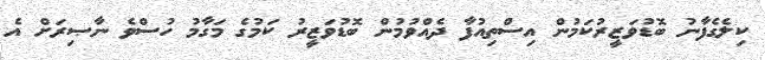
ކިލެގެފާނު ބޮޑުވަޒީރުކަމުން އިސްތިއުފާ ދެއްވުމުން ބޮޑުވަޒީރު ކަމުގެ މަގާމު ހުސްވެ ނާޞިރަށް އެ